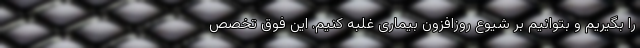
را بگیریم و بتوانیم بر شیوع روزافزون بیماری غلبه کنیم. این فوق تخصص